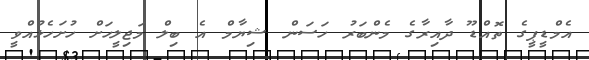
އެމްޑީޕީގެ ތޮއްޑޫ ދާއިރާގެ މެންބަރު ހަސަން ޝިޔާމް އެ ބިލް މަޖިލީހަށް ހުށަހެޅުއްވީ